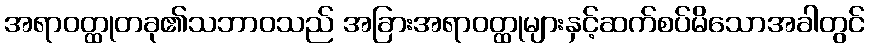
အရာဝတ္ထုတခု၏သဘာဝသည် အခြားအရာဝတ္ထုများနှင့်ဆက်စပ်မိသောအခါတွင်